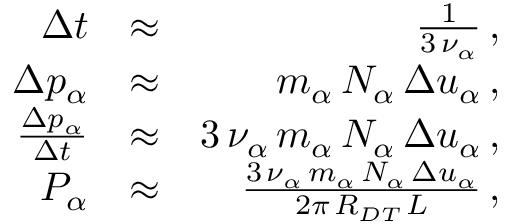
\begin{array} { r l r } { \Delta t } & { \approx } & { \frac { 1 } { 3 \, \nu _ { \alpha } } \, , } \\ { \Delta p _ { \alpha } } & { \approx } & { m _ { \alpha } \, N _ { \alpha } \, \Delta u _ { \alpha } \, , } \\ { \frac { \Delta p _ { \alpha } } { \Delta t } } & { \approx } & { 3 \, \nu _ { \alpha } \, m _ { \alpha } \, N _ { \alpha } \, \Delta u _ { \alpha } \, , } \\ { P _ { \alpha } } & { \approx } & { \frac { 3 \, \nu _ { \alpha } \, m _ { \alpha } \, N _ { \alpha } \, \Delta u _ { \alpha } } { 2 \pi \, R _ { D T } \, L } \, , } \end{array}